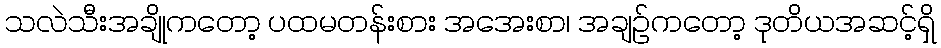
သလဲသီးအချိုကတော့ ပထမတန်းစား အအေးစာ၊ အချဉ်ကတော့ ဒုတိယအဆင့်ရှိ